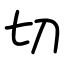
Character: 切